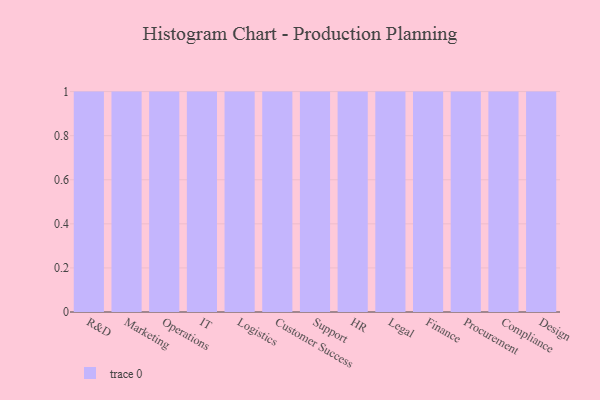
{"axis": {"x": "Department", "y": "Revenue (USD Million)"}, "legend": [""], "data": [{"x": "R&D", "y": 92, "type": ""}, {"x": "Marketing", "y": 89, "type": ""}, {"x": "Operations", "y": 68, "type": ""}, {"x": "IT", "y": 5, "type": ""}, {"x": "Logistics", "y": 59, "type": ""}, {"x": "Customer Success", "y": 12, "type": ""}, {"x": "Support", "y": 9, "type": ""}, {"x": "HR", "y": 13, "type": ""}, {"x": "Legal", "y": 57, "type": ""}, {"x": "Finance", "y": 68, "type": ""}, {"x": "Procurement", "y": 16, "type": ""}, {"x": "Compliance", "y": 9, "type": ""}, {"x": "Design", "y": 62, "type": ""}]}